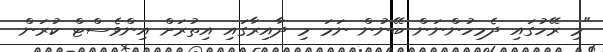
"މި ރޭހުގައި ދެމިހުންނަން ބޭނުން ނަމަ މި ދާއިރާގައި އިތުރަށް އިންވެސްޓް ކުރަން